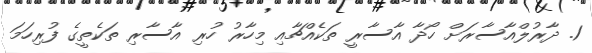
1. ދާރުލްއާސާރަށް ހޯދާ އާސާރީ ތަކެއްޗާއި މިހާރު ހުރި އާސާރި ތަކެތީގެ ފުރިހަމަ